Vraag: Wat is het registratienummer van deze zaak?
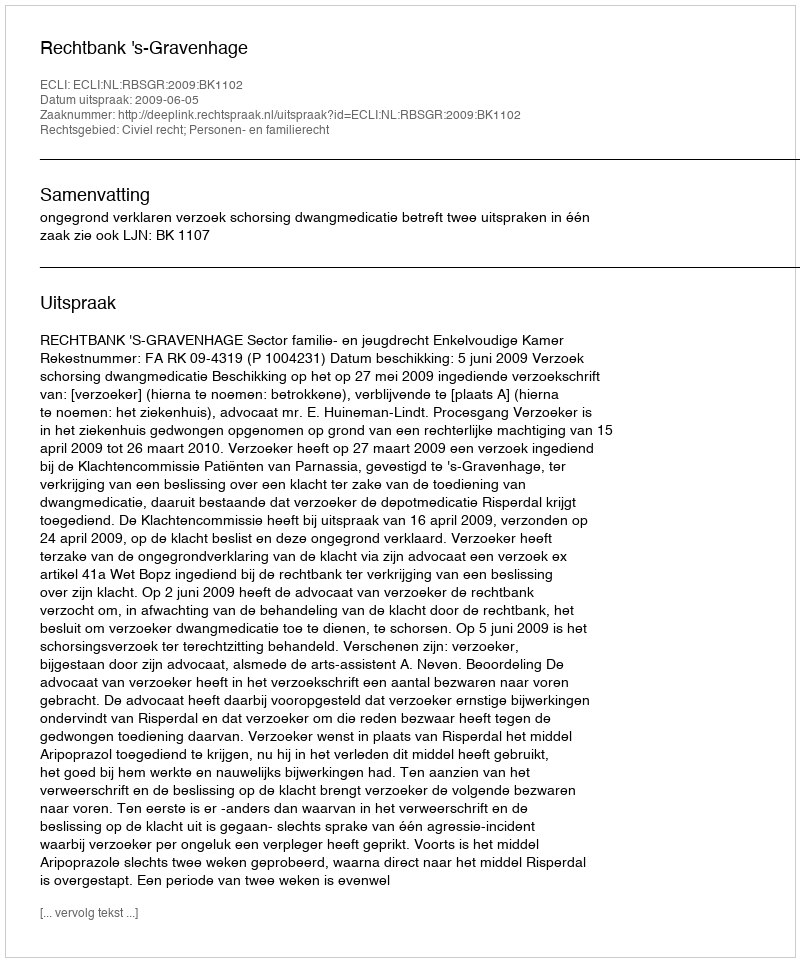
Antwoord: http://deeplink.rechtspraak.nl/uitspraak?id=ECLI:NL:RBSGR:2009:BK1102